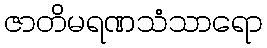
ဇာတိမရဏသံသာရော